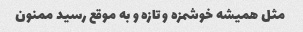
مثل همیشه خوشمزه و تازه و به موقع رسید ممنون